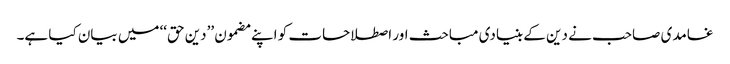
غامدی صاحب نے دین کے بنیادی مباحث اور اصطلاحات کو اپنے مضمون ’’دین حق‘‘ میں بیان کیا ہے۔